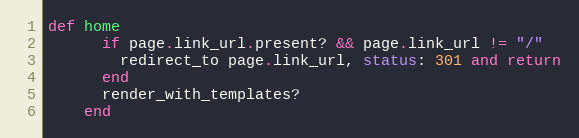
Language: Ruby
def home
      if page.link_url.present? && page.link_url != "/"
        redirect_to page.link_url, status: 301 and return
      end
      render_with_templates?
    end